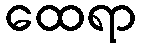
ထေရာ